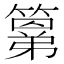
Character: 𮆍